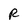
Character: R